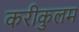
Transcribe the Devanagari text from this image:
करीकुलम